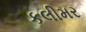
કલીમર